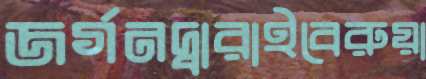
জর্গনদ্বারাইবেরুয়া